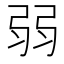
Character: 弱